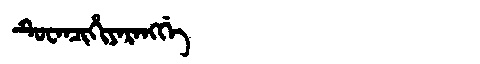
Manchu: ᡨᡠᠸᠠᠨᠴᡳᡥᡳᠶᠠᡵᠠᠩᡤᡝ
Romanization: TUWANCIHIYARANGGE